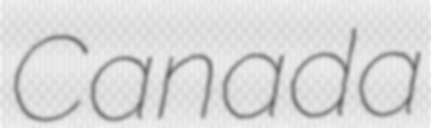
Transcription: Canada